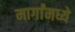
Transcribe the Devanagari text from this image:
मार्गांमध्ये